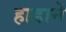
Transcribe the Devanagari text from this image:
हाडाने